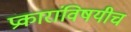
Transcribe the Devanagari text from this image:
प्रकारांविषयीच